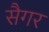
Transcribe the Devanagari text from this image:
सैगर